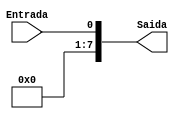
module Concatena7Zeros(Entrada,Saida);


input wire Entrada;
output wire [7:0] Saida;


assign Saida = {7'b0000000,Entrada};


endmodule